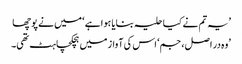
’یہ تم نے کیا حلیہ بنایا ہوا ہے ‘ میں نے پوچھا
’وہ در اصل، جم‘ اس کی آواز میں ہچکچاہٹ تھی۔